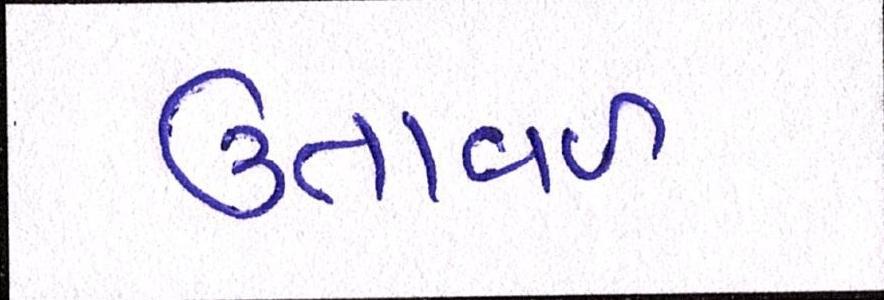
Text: ઉતાવળ